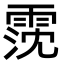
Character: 霃